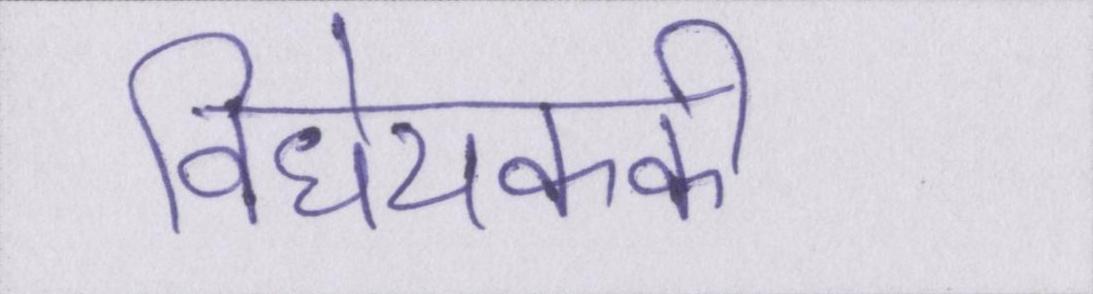
विधेयककी